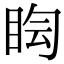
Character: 𥅬